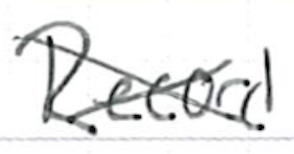
Text: Record
Cross-out: cross
Writing tool: ballpoint